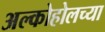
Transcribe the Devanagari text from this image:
अल्कोहोलच्या